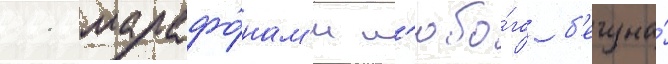
11 марафо́нам'и л'юбо́го б'егуна́